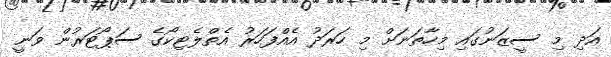
އަދި މި ސީޒަނުގައި މިހާތަނަށް މި ހަރަދު އެއްފަހަރު އެތްލެޓިކޯގެ ސަޕޯޓަރުން ވަނީ